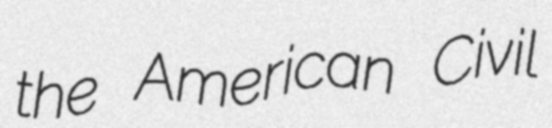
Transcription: the American Civil